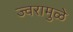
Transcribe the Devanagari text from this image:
ज्वरामुळे